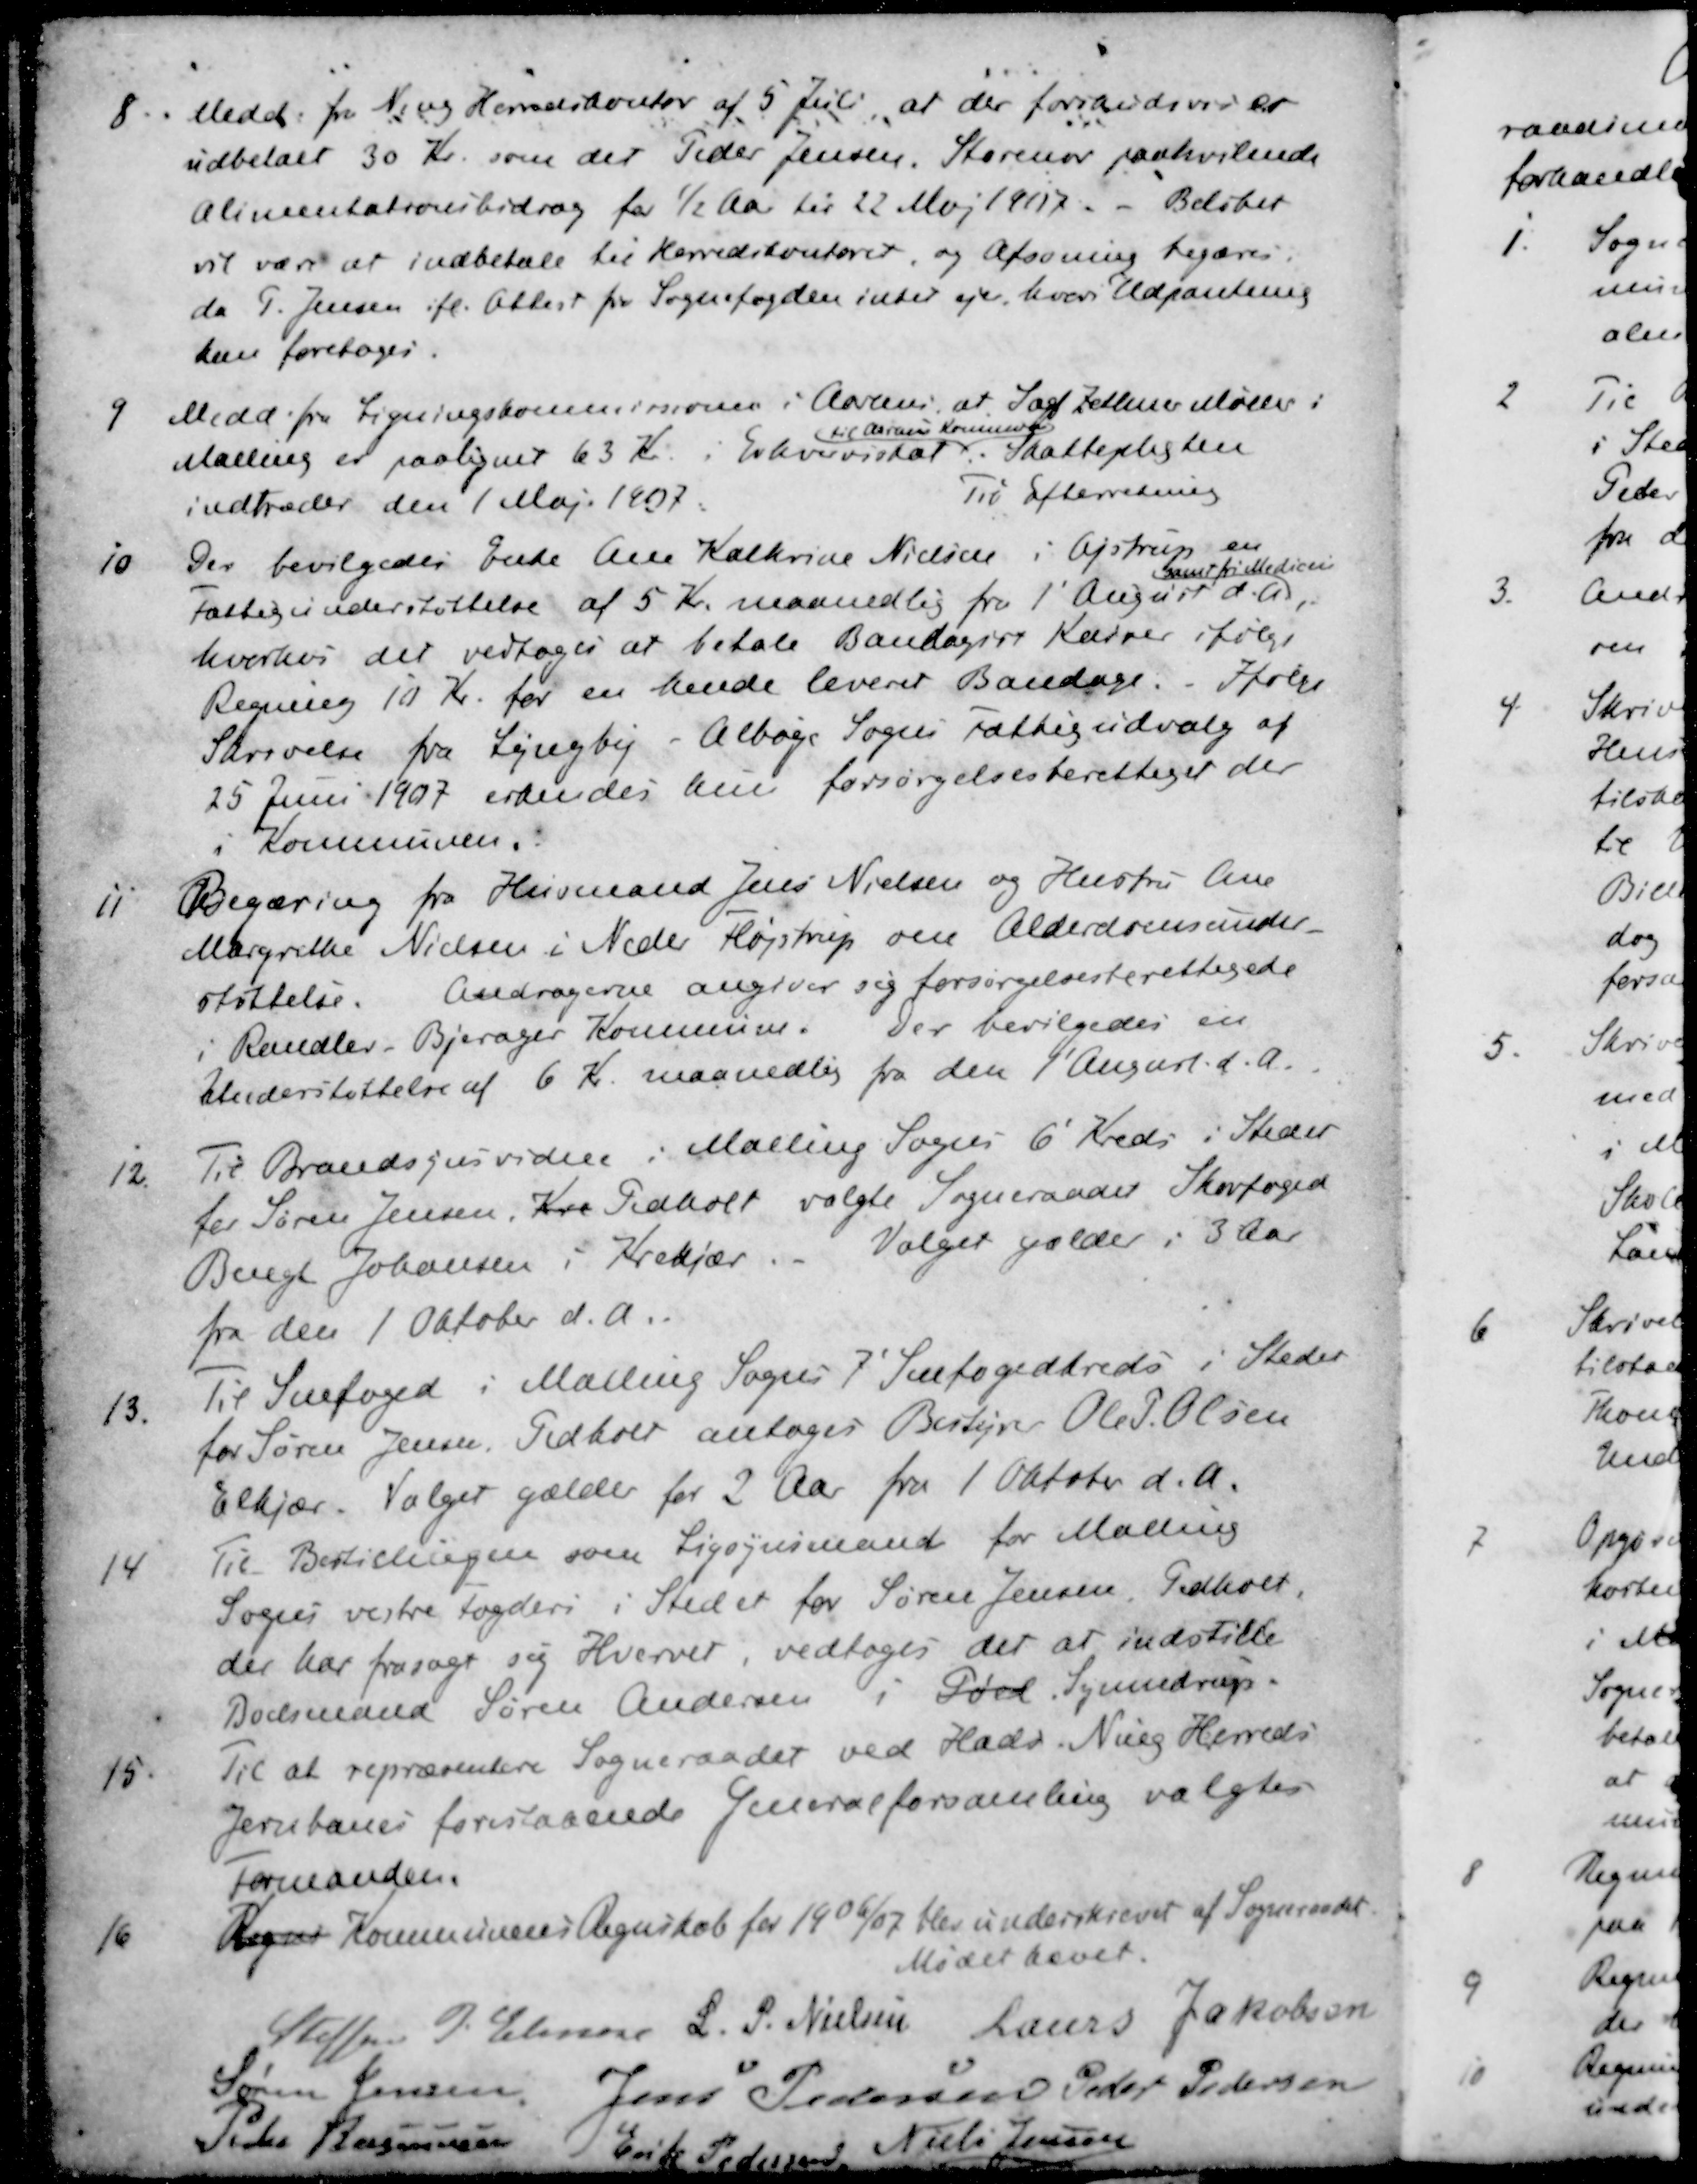
Transskription:
8. Medd. fra Ning Herredskontor af 5 Juli, at der forrandsvis er
udbetalt 30 Kr. som det Peder Jensen, Storenor paahvilende
Alimentationsbidrag for ½ Aar til 22 Maj 1907. - Beløbet
vil være at indbetale til Herredskontoret, og Afsoning begæres.
da P. Jensen ifl. Attest fra Sognefogden inter ejer, hvori Udpantning
kan foretoges.
9 Medd. fra Ligningskommissionen i Aarhus, at Sagf Zeutner Møller i
til Aarhus Kommune
Malling er paalignet 63 Kr. i Erhvervsskat. Skattepligten
indtræder den 1 Maj 1907.
Til Efterretning
10 Der bevilgedes Enke Ane Kathrine Nielsen i Ajstrup en
samt fri medicin
Fattigunderstøttelse af 5 Kr. maanedlig fra 1' August d. A.
hvorhos det vedtoges at betale Bandagist Kærver ifølge
Regning 10 Kr. for en hende leveret Bandage. Ifølge
Skrivelse fra Lyngby - Albøge Sogns Fattigudvalg af
25 Juni 1907 erkendes hun forsørgelsesberettiget der
i Kommunen.
11 Begæring fra Husmand Jens Nielsen og Hustru Ane
Margrethe Nielsen i Neder Fløjstrup om Alderdomsunder-
støttelse. Andragerne angiver sig forsørgelsesberettigede
i Randlev Bjerager Kommune. Der bevilgedes en
Understøttelse af 6 Kr. maanedlig fra den 1' August d. A.
12 Til Brandsynsvidere i Malling Sogns 6' Kreds i Stedet
for Søren Jensen, Kre Pedholt valgte Sogneraadet Skovfoged
Bengt Johansen i Krekjær. Valget gælder i 3 Aar
fra den 1 Oktober d. A.
13 Til Snefoged i Malling Sogns 7' Snefogedkreds i Stedet
for Søren Jensen, Pedholt antoges Bestyrer Ole P. Olsen
Elkjær. Valget gælder for 3 Aar fra 1 Oktober d. A.
14 Til Bestillingen som Ligsynsmand for Malling
Sogns vestre Fogderi i Stedet for Søren Jensen, Pedholt,
der har frasagt sig Hvervet, vedtoges det at indstille
Boelsmand Søren Andersen i Pøel Synnedrup.
15 Til at repræsentere Sogneraadet ved Hads Ning Herreds
Jernbanes forestaaende Generalforsamling valgtes
Formanden.
16 Regns Kommunens Regnskab for 1906/07 blev underskrevet af Sogneraadet
Mødet hævet.
Steffen P Elmose
L. P. Nielsen
Laurs Jakobsen
Søren Jensen
Jens Pedersen
Peder Pedersen
Peder Rasmussen
Erik Pedersen
Niels Jensen